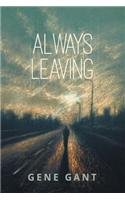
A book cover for Always Leaving; Gene Gant; Teen & Young Adult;